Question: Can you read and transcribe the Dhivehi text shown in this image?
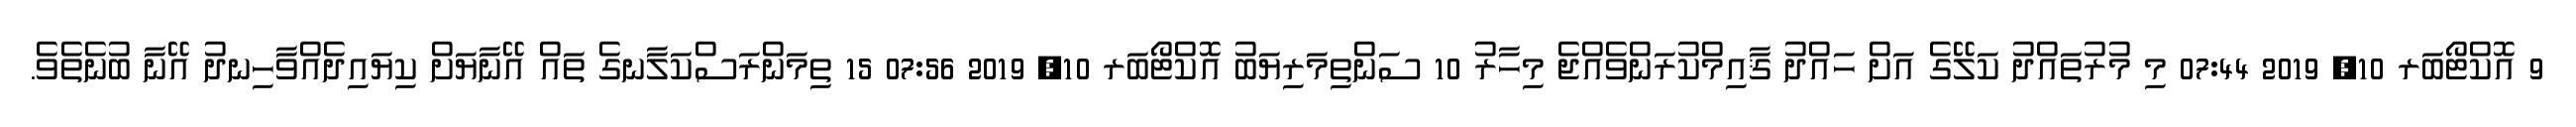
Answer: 9 އޮކްޓޯބަރ 10, 2019 07:44 މި މުރުތައްދު ކަލޭގެ އަށް ހައްދު ޤާއިމްކުރަންވެއްޖެ މިހާރު 10 ސަންތިމަރިޔަބު އޮކްޓޯބަރ 10, 2019 07:56 15 ތިމަންރަސްކަލާނގެ ތައް އޭނާޔަށް ކިޔައިދެއްވާހިނދު އޭނާ ބުނެތެވެ.